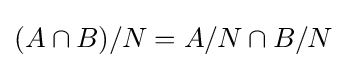
(A\cap B)/N=A/N\cap B/N